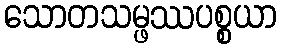
သောတသမ္ဖဿပစ္စယာ